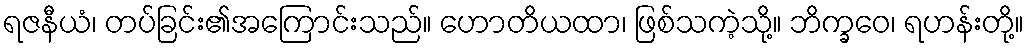
ရဇနီယံ၊ တပ်ခြင်း၏အကြောင်းသည်။ ဟောတိယထာ၊ ဖြစ်သကဲ့သို့။ ဘိက္ခဝေ၊ ရဟန်းတို့။